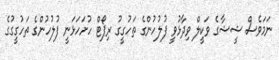
ނަމަވެސް ޝީޝާގެ ވަކީލް ވިދާޅުވީ ފުލުހުންގެ ތަހުގީގު ރިޕޯޓް ހުށަހަޅަނީ ފުލުހުންގެ ތަހުގީގުގެ